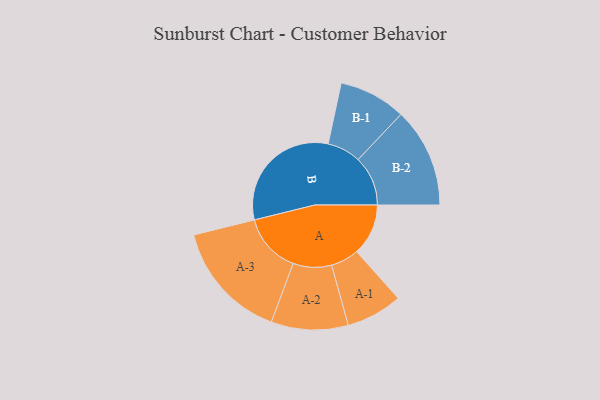
{"axis": {"x": "Segment", "y": "Value"}, "legend": ["", "A", "B"], "data": [{"x": "A", "y": 200, "type": ""}, {"x": "B", "y": 481, "type": ""}, {"x": "A-1", "y": 109, "type": "A"}, {"x": "A-2", "y": 149, "type": "A"}, {"x": "A-3", "y": 231, "type": "A"}, {"x": "B-1", "y": 130, "type": "B"}, {"x": "B-2", "y": 193, "type": "B"}]}